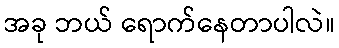
အခု ဘယ် ရောက်နေတာပါလဲ။